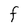
Character: F